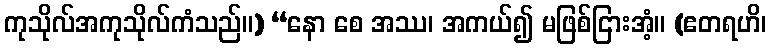
ကုသိုလ်အကုသိုလ်ကံသည်။) “နော စေ အဿ၊ အကယ်၍ မဖြစ်ငြားအံ့။ (ဧတရဟိ၊